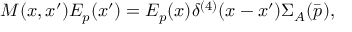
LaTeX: M ( x , x ^ { \prime } ) E _ { p } ( x ^ { \prime } ) = E _ { p } ( x ) \delta ^ { ( 4 ) } ( x - x ^ { \prime } ) { \Sigma } _ { A } ( \bar { p } ) ,